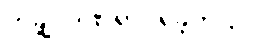
တချို့ ဒဏ်ရာ ရခဲ့တယ်။